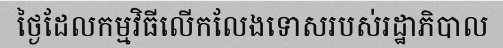
ថ្ងៃដែលកម្មវិធីលើកលែងទោសរបស់រដ្ឋាភិបាល